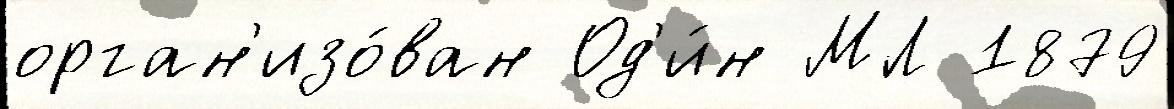
орган'изо́ван Од'и́н МЛ 1879